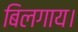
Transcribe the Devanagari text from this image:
बिलगाय।